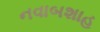
નવાબશાહ